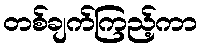
တစ်ချက်ကြည့်ကာ